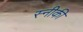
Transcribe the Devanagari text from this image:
स्नीकी